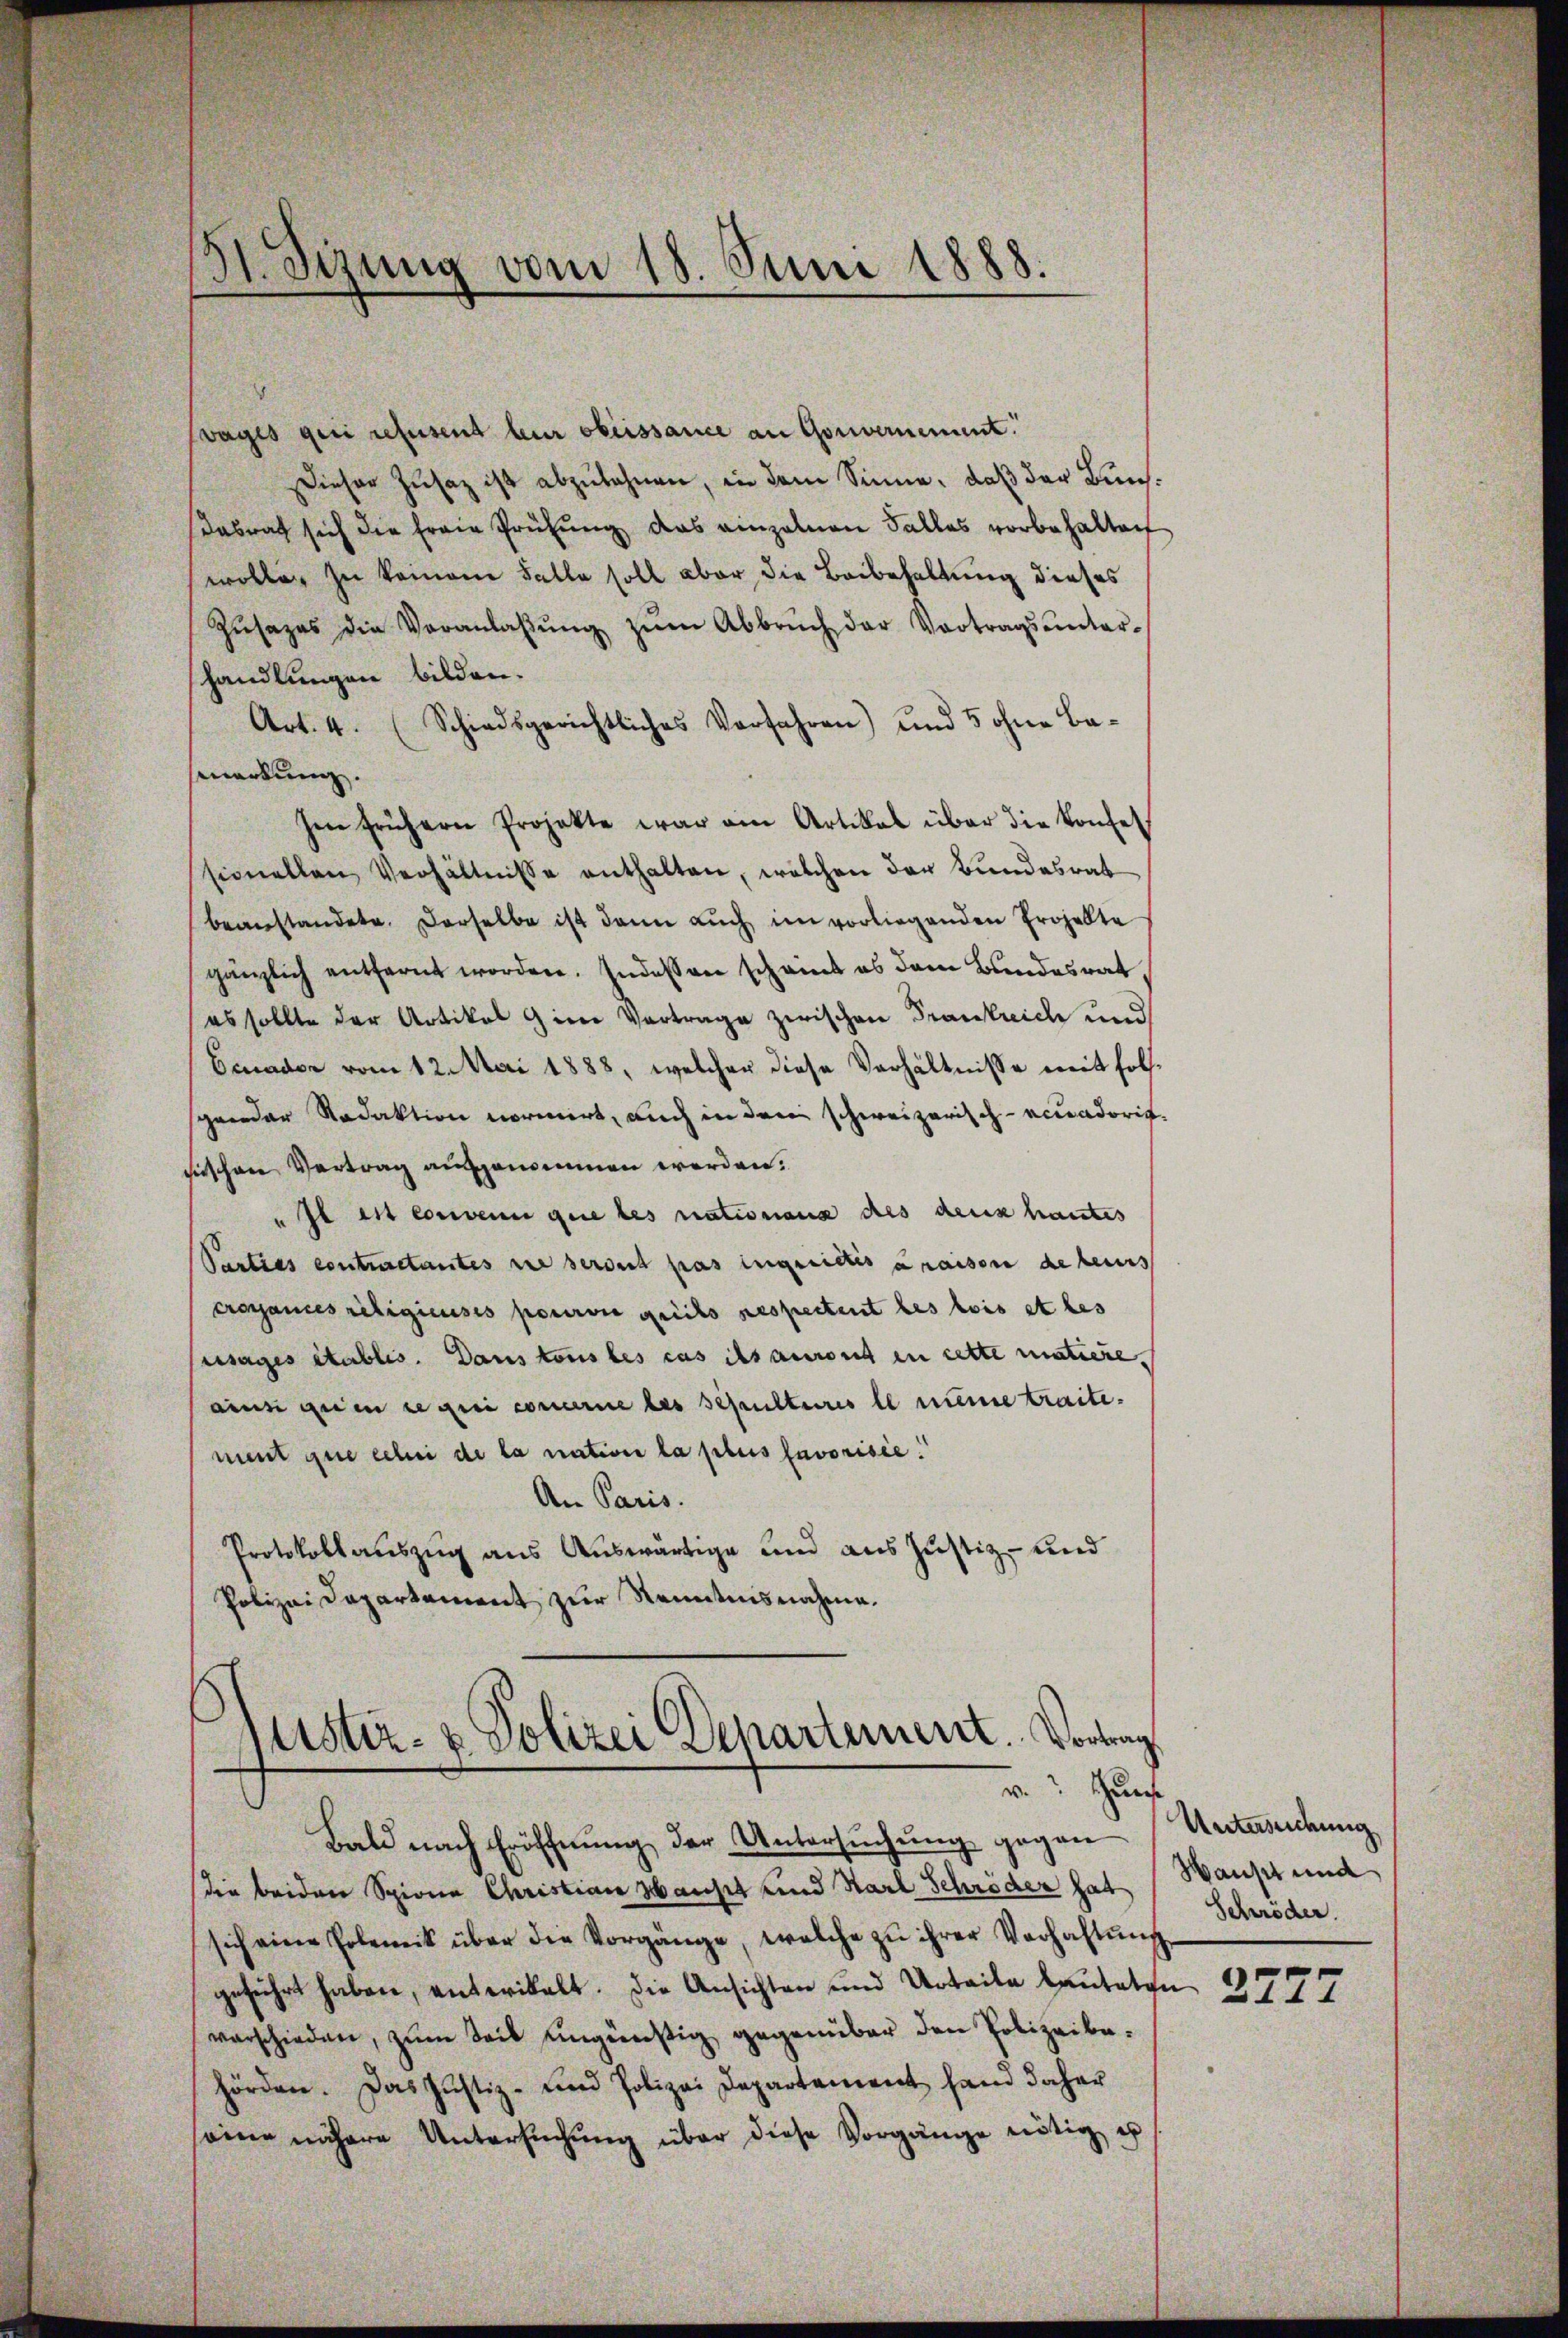
31. Sizung vom 18. Juni 1888.

vages geri refusent leur obéissance an Gouvernement.
Dieser Zusatz ist abzulehnen, in dem Sinne, daß der Bun¬
Dabrat sich die freie Prüfung das einzelnen Falles vorbehalten
wolle zu keinem Falle soll aber die Beibehaltung dieses
Zŭsazes die Veranlaβŭng zŭm Abbrŭch der Vortragsunter-
handlungen bilden.
Art. 4. (Schiedsgerichtliches Verfahren) und 5 ohne Ba-
smerkung.
Im frühern Projekte war am Artikal über die konset
sionellen Verhältnisse enthalten, welchen der Bundesrat
beanstandete. Derselbe ist dann aŭch im vorliegenden Projekte
gänzlich entfernt worden. Indessen scheint es dem Bundesrat
es sollte der Artikel Gener Vertrage zwischen Frankreich und
Ecuader vom 12. Mai 1888, welcher diese Verhältnisse mit folsponder Redaktion normirt, auch in dem schweizerisch-acuadoricfischen Vertrag ausgenommen werden.
" Il est convenu que les rationang des deux hautes
Parties contractantes sie serait pas ingeriches araison de leurs
Crossances religieuses pourvu greichs respectent les lois et les
ussages établis. Dans tous les cas ils auront en cette matiere.
ainsi qui se qui concerne des Schulteres le meine traite.
ment que eebei de la nation la plus savorisée.
An Paris.
Protokollauszug aus Auswärtige und aus Justiz- und
Polizei Departement zur Kenntnisnahme.

stiz- & Polizei Departement. Vortrag
v. Thur
Bald nach Eröffnung der Untersuchung gegen Untersuchung,

die beiden Spiona Christian Hauset und Starl Schröder hat (Waust und
sich eine Polemik über die Vorgänge, welche zu ihrer Verhaltŭng
geführt haben, anterikalt. Die Ansichten und Urteile lauteten
verschieden, zŭm Seit ungünstig gegenüber den Polizeibehörden. Das Justiz- und Polizei Departement fand daher
seine nähere Untersuchung über diese Vorgänge nötig, es

Schröder.

2727